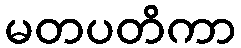
မတပတိကာ